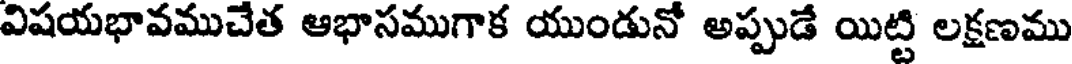
విషయభావముచేత ఆభాసముగాక యుండునో అప్పుడే యిట్టి లక్షణము